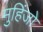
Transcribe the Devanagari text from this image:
मुहिंजो